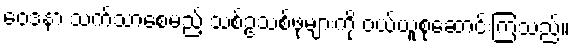
ဝေဒနာ သက်သာစေမည့် သစ်ဥသစ်ဖုများကို ဝယ်ယူစုဆောင်းကြသည်။